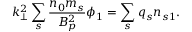
k _ { \perp } ^ { 2 } \sum _ { s } \frac { n _ { 0 } m _ { s } } { B _ { p } ^ { 2 } } \phi _ { 1 } = \sum _ { s } q _ { s } n _ { s 1 } .